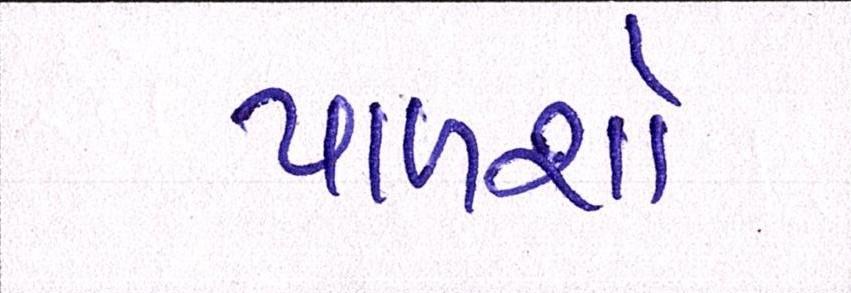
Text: પાળશો